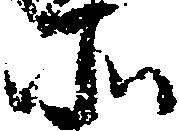
所